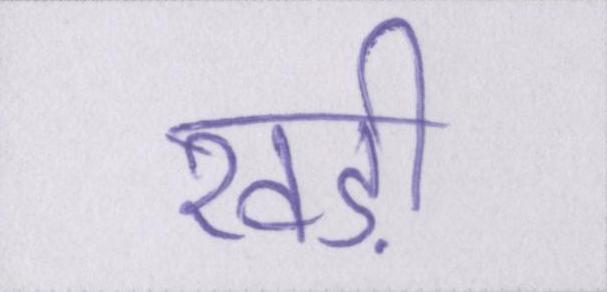
खड़ी